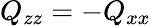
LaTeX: Q_{zz}=-Q_{xx}